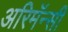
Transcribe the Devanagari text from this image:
अरिमॅन्सी